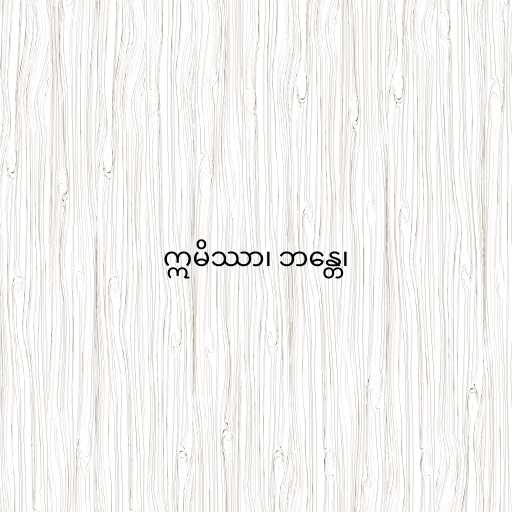
ဣမိဿာ၊ ဘန္တေ၊